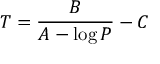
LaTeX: T = { \frac { B } { A - \log P } } - C